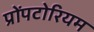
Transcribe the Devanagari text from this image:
प्रोंपटोरियम